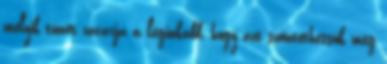
melyik tünet zavarja a leginkább, hogy azt szüntethessük meg